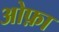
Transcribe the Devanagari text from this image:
ओफ़ा